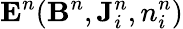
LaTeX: {\mathbf{E}}^{n}({\mathbf{B}}^{n},{\mathbf{J}}_{i}^{n},n_{i}^{n})